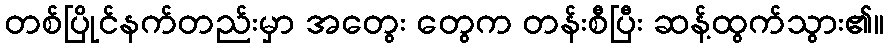
တစ်ပြိုင်နက်တည်းမှာ အတွေး တွေက တန်းစီပြီး ဆန့်ထွက်သွား၏။